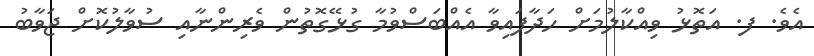
އެވެ. ފ. އަތޮޅު ވިއްކާލުމަށް ހަދާފައިވާ އެއްބަސްވުމާ ގުޅޭގޮތުން ވެރިންނާއި ސުވާލުކޮށް ޖަވާބު